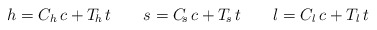
\begin{align*}h=C_{h}\,c+T_{\!h}\,t\qquad s=C_{\! s}\,c+T_{\! s}\,t\qquad l=C_{l}\,c+T_{l}\,t\end{align*}